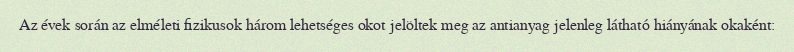
Az évek során az elméleti fizikusok három lehetséges okot jelöltek meg az antianyag jelenleg látható hiányának okaként: